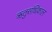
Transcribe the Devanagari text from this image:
ऋतुसंधिकाल